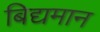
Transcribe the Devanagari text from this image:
बिद्यमान